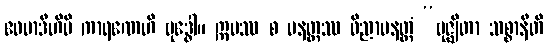
ဧဝမာဒီဟိပိ ကာရဏေဟိ ဗုဒ္ဓေါ။ ဣမဿ စ ပနတ္ထဿ ဝိညာပနတ္ထံ “ဗုဇ္ဈိတာ သစ္စာနီတိ